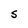
Character: S